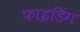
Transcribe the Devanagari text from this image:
फाइडिंग